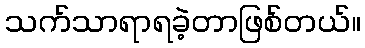
သက်သာရာရခဲ့တာဖြစ်တယ်။